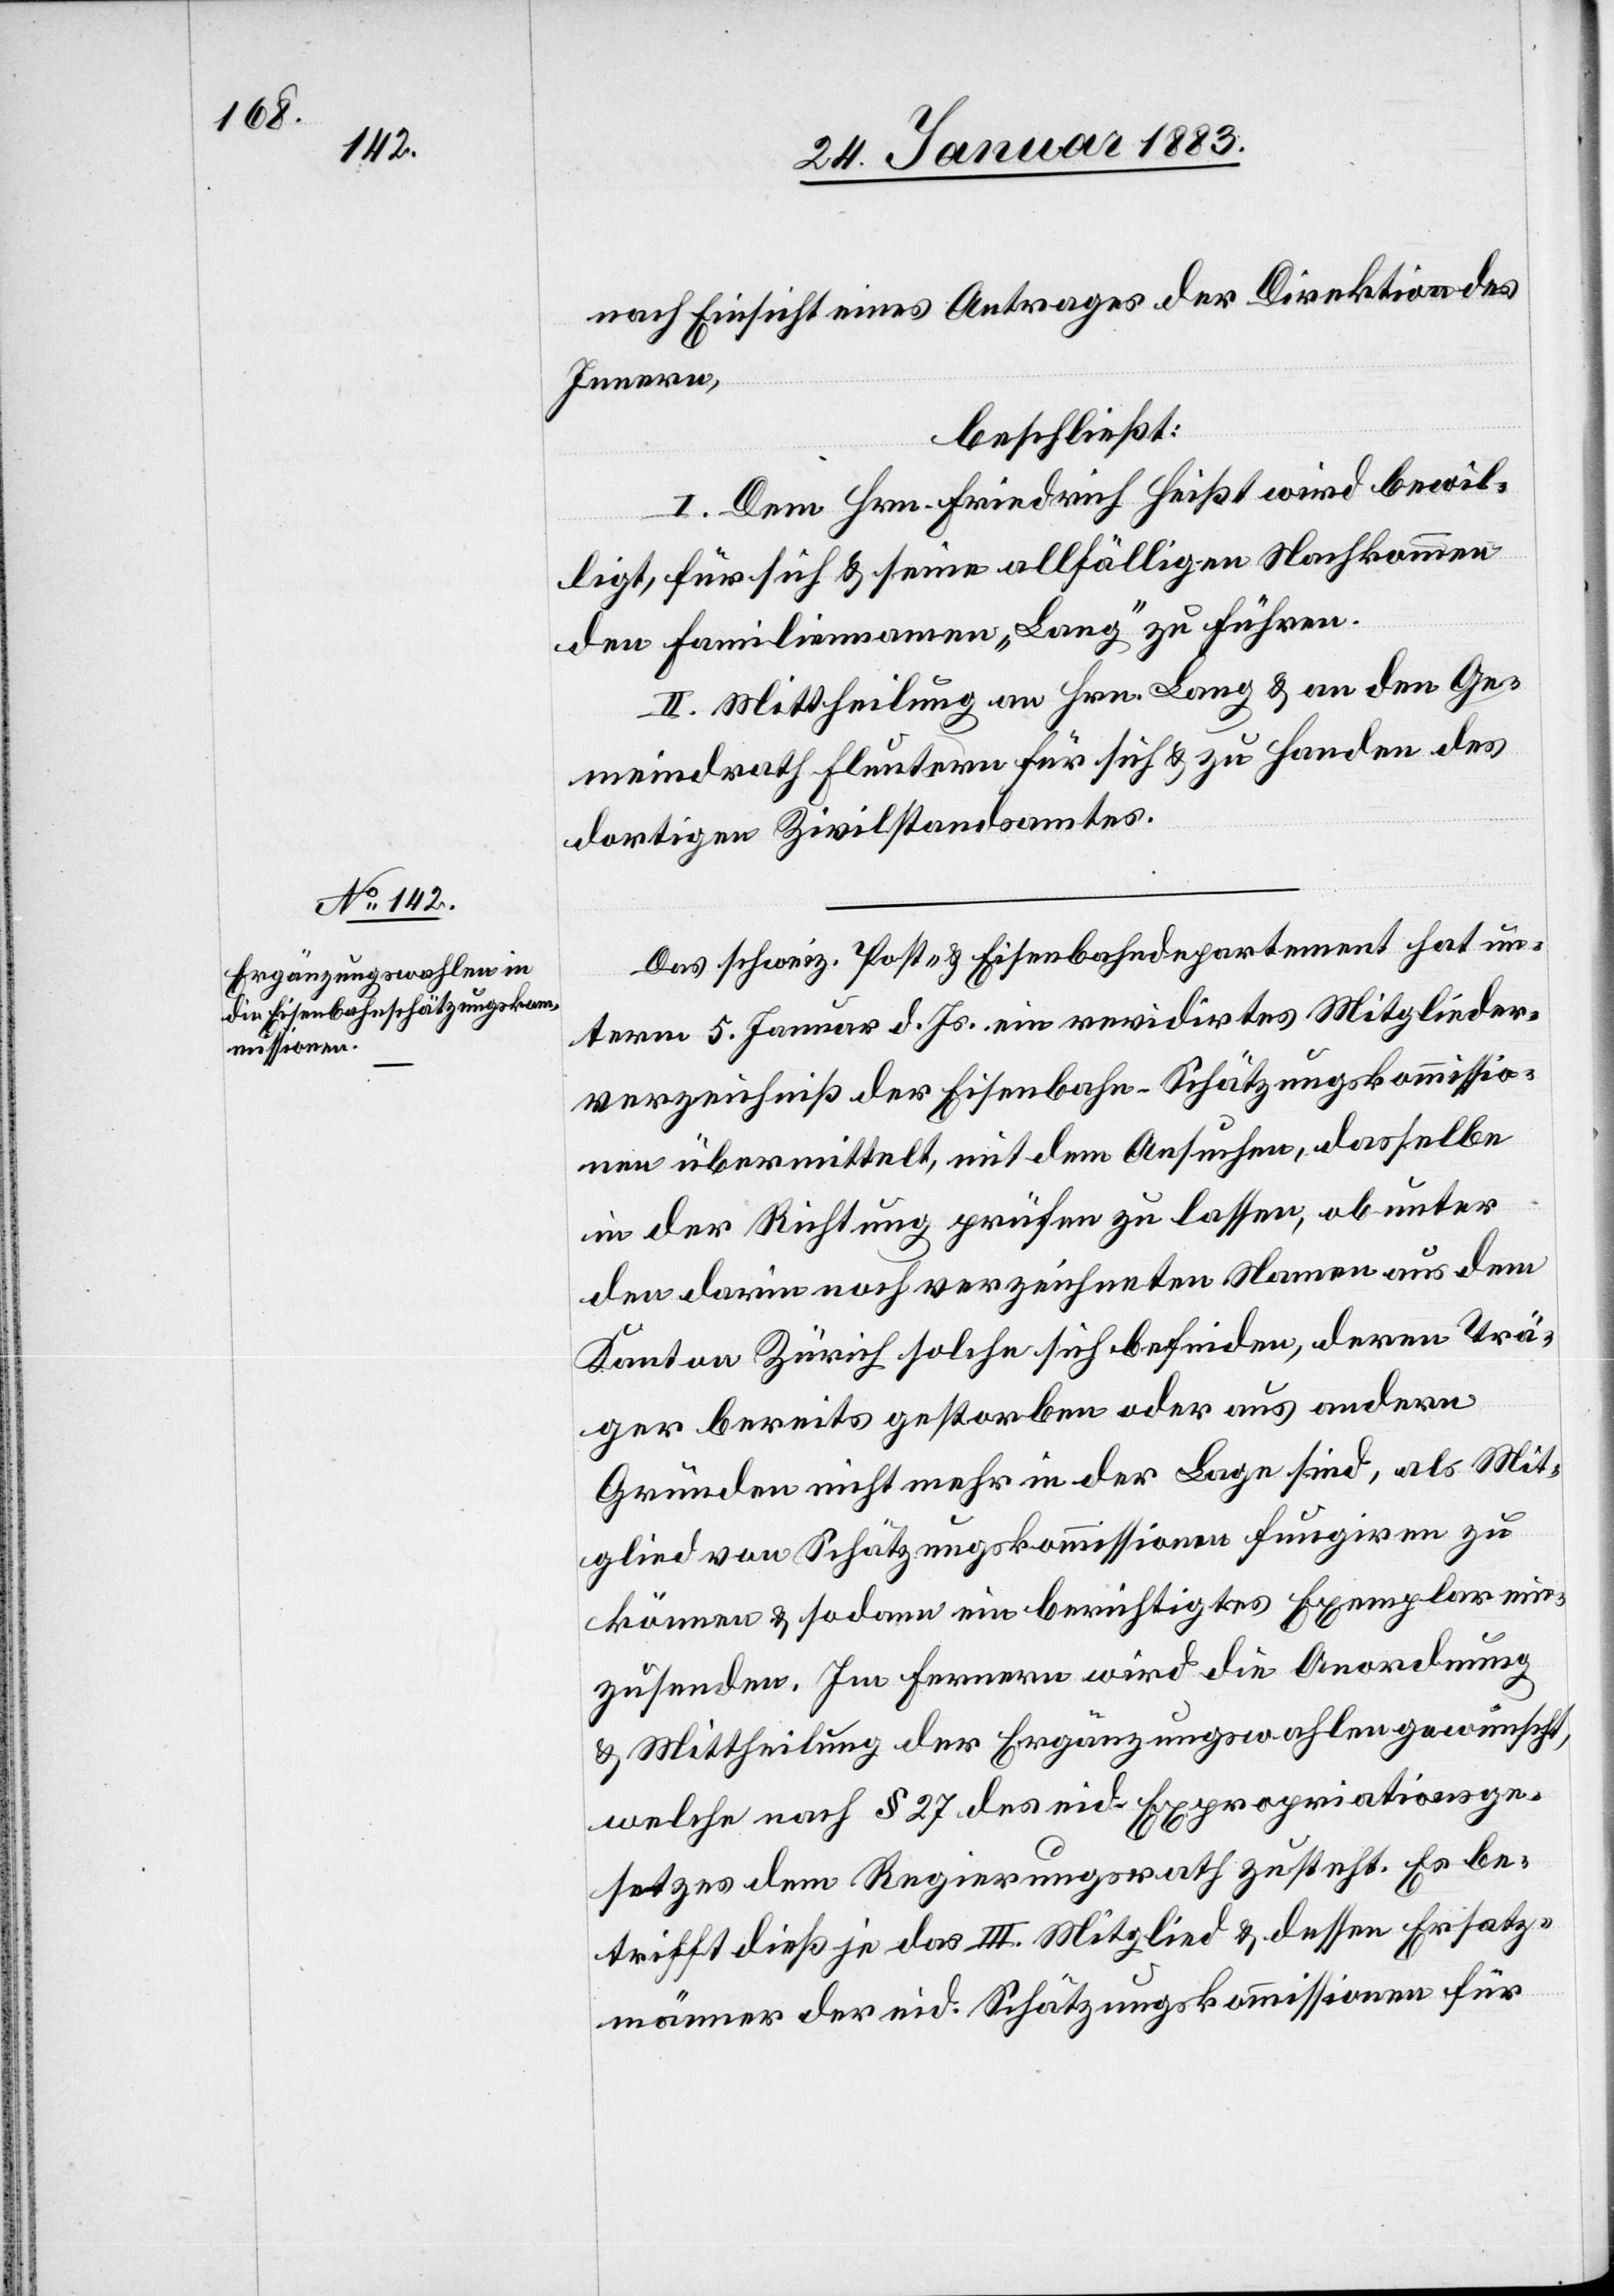
nach Einsicht eines Antrages der Direktion des
Innern,
beschließt:
I. Dem Hrn. Friedrich Heißt wird bewil¬
ligt, für sich & seine allfälligen Nachkommen
den Familiennamen „Lang“ zu führen.
II. Mittheilung an Hrn. Lang & an den Ge¬
meindrath Fluntern für sich & zu Handen des
dortigen Zivilstandsamtes.
Das schweiz. Post- & Eisenbahndepartement hat un¬
term 5. Januar d. Js. ein revidirtes Mitglieder¬
verzeichniß der Eisenbahn-Schätzungskommissio¬
nen übermittelt, mit dem Ansuchen, dasselbe
in der Richtung prüfen zu lassen, ob unter
den darin noch verzeichneten Namen aus dem
Kanton Zürich solche sich befinden, deren Trä¬
ger bereits gestorben oder aus andern
Gründen nicht mehr in der Lage sind, als Mit¬
glied von Schätzungskommissionen fungiren zu
können & sodann ein berichtigtes Exemplar ein¬
zusenden. Im Fernern wird die Anordnung
& Mittheilung der Ergänzungswahlen gewünscht,
welche nach § 27 des eid. Expropriationsge¬
setzes dem Regierungsrath zusteht. Es be¬
trifft dieß je das III. Mitglied & dessen Ersatz¬
männer der eid. Schätzungskommissionen für